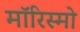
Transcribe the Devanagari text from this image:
मॉरिस्मो